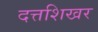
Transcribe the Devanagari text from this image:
दत्तशिखर